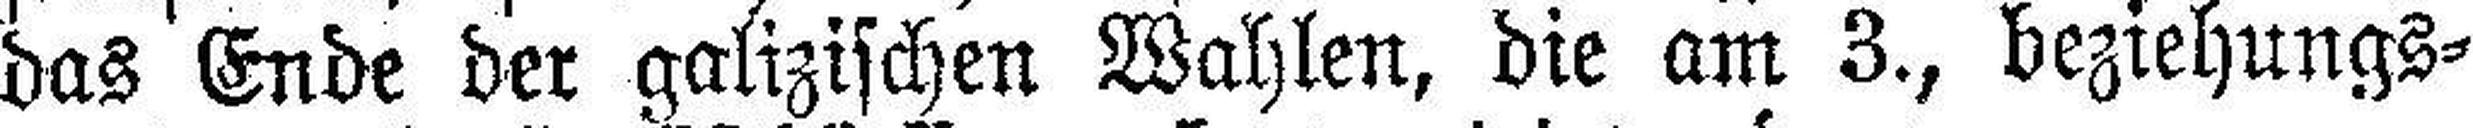
das Ende der galizischen Wahlen, die am 3., beziehungs¬